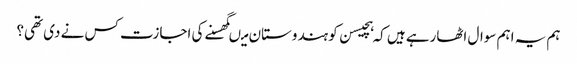
ہم یہ اہم سوال اٹھارہے ہیں کہ ہچیسن کو ہندوستان میںگھسنے کی اجازت کس نے دی تھی؟